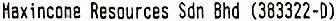
HAXINCONE RESOURCES SDN BHD (383322-D)